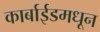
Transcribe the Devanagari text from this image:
कार्बाईडमधून